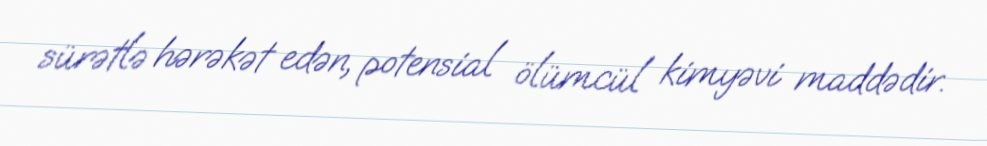
sürətlə hərəkət edən, potensial ölümcül kimyəvi maddədir.